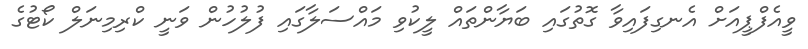
ވީއެފްޕީއަށް އެނގިފައިވާ ގޮތުގައި ބަޔާންތައް ލީކުވި މައްސަލާގައި ފުލުހުން ވަނީ ކްރިމިނަލް ކޯޓުގެ